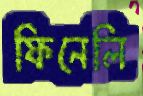
ফিনেলি